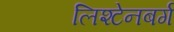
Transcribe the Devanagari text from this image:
लिश्टेनबर्ग